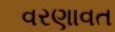
વરણાવત